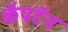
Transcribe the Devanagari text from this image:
कॅपटॅन